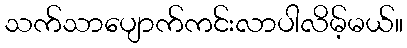
သက်သာပျောက်ကင်းလာပါလိမ့်မယ်။